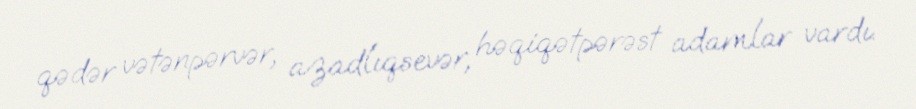
qədər vətənpərvər, azadlıqsevər, həqiqətpərəst adamlar vardı.